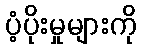
ပံ့ပိုးမှုများကို